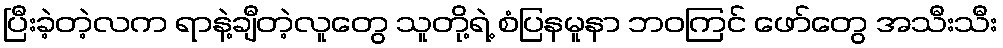
ပြီးခဲ့တဲ့လက ရာနဲ့ချီတဲ့လူတွေ သူတို့ရဲ့ စံပြနမူနာ ဘဝကြင် ဖော်တွေ အသီးသီး